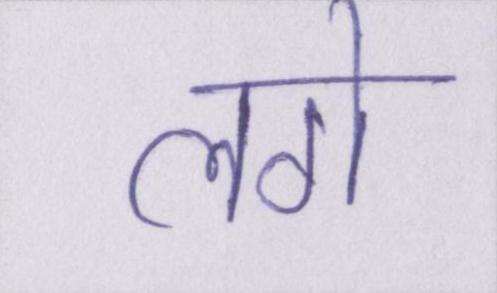
लगे